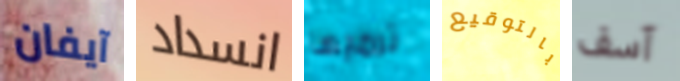
آيفان انسداد ترميها بالتوقيع آسف